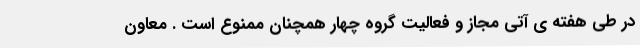
در طی هفته ی آتی مجاز و فعالیت گروه چهار همچنان ممنوع است . معاون